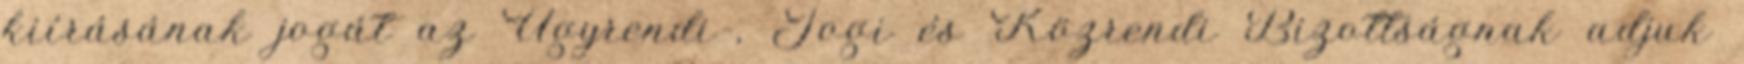
kiírásának jogát az Ügyrendi-, Jogi és Közrendi Bizottságnak adjuk